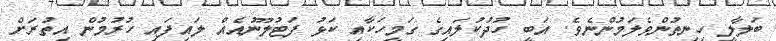
ބަލާލީ ހިނިތުންވެލަމުންނެވެ. އަބީ ހުދުކުލައިގެ ގަމީހަކާއި ކަޅު ފަޓުލޫނުއެއް ލައިފައި ހުރުމުން އިތުރަށް